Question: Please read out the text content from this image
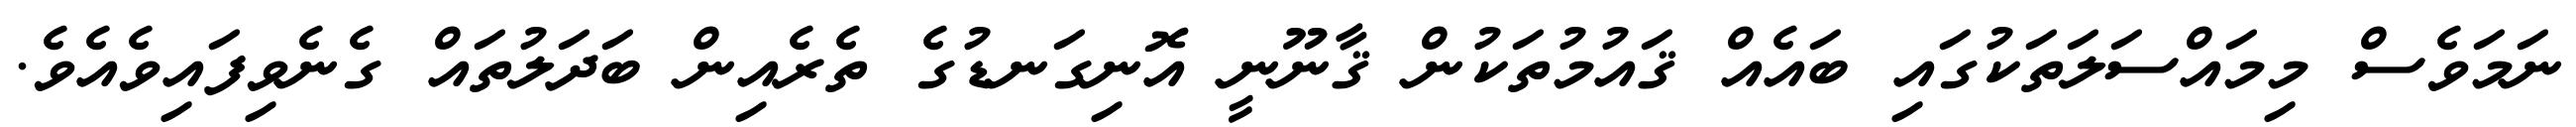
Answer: ނަމަވެސް މިމައްސަލަތަކުގައި ބައެއް ޤައުމުތަކުން ޤާނޫނީ އޮނިގަނޑުގެ ތެރެއިން ބަދަލުތައް ގެނެވިފައިވެއެވެ.